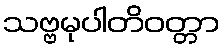
သဗ္ဗမုပါတိဝတ္တာ